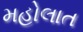
મહોલાત